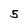
Character: 5